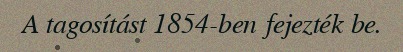
A tagosítást 1854-ben fejezték be.